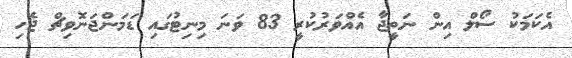
އެކަމަކު ސޯލް އިން ނަތީޖާ އެއްވަރުކުރީ 83 ވަނަ މިނިޓުގައި ޑަމަންޖަނޮވިޗް ޖެހި